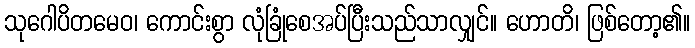
သုဂေါပိတမေဝ၊ ကောင်းစွာ လုံခြုံစေအပ်ပြီးသည်သာလျှင်။ ဟောတိ၊ ဖြစ်တော့၏။